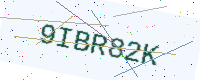
Text: 9IBR82K